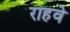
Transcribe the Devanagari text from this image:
राहवे